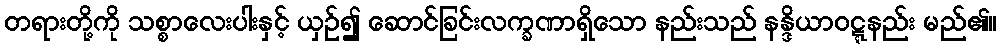
တရားတို့ကို သစ္စာလေးပါးနှင့် ယှဉ်၍ ဆောင်ခြင်းလက္ခဏာရှိသော နည်းသည် နန္ဒိယာဝဋ္ဋနည်း မည်၏။